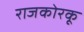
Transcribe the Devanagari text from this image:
राजकोरकू